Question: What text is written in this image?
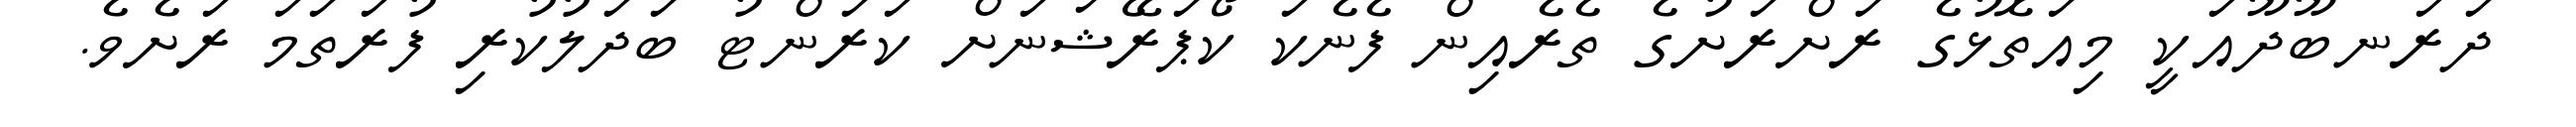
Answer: ދަރަނބޫދޫއަކީ މިއަތޮޅުގެ ރަށްރަށުގެ ތެރެއިން ފެނެކަ ކޯޕަރޭޝަނަށް ކަރަންޓު ބަދަލުކުރި ފުރަތަމަ ރަށެވެ.